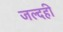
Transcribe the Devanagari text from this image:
जल्दही